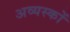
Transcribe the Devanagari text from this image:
अव्यस्कों